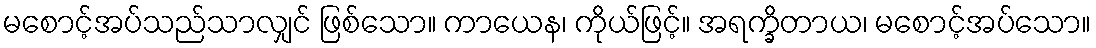
မစောင့်အပ်သည်သာလျှင် ဖြစ်သော။ ကာယေန၊ ကိုယ်ဖြင့်။ အရက္ခိတာယ၊ မစောင့်အပ်သော။